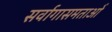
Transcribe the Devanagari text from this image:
सर्वागासमताओं